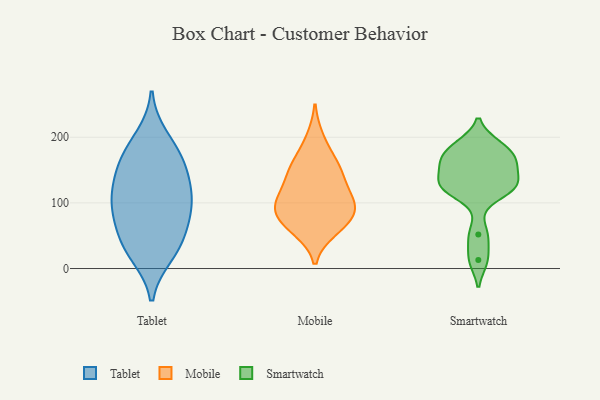
{"axis": {"x": "Humidity (%)", "y": "Value"}, "legend": ["Mobile", "Smartwatch", "Tablet"], "data": [{"x": "", "y": 161, "type": "Tablet"}, {"x": "", "y": 32, "type": "Tablet"}, {"x": "", "y": 34, "type": "Tablet"}, {"x": "", "y": 116, "type": "Tablet"}, {"x": "", "y": 59, "type": "Tablet"}, {"x": "", "y": 87, "type": "Tablet"}, {"x": "", "y": 164, "type": "Tablet"}, {"x": "", "y": 84, "type": "Tablet"}, {"x": "", "y": 126, "type": "Tablet"}, {"x": "", "y": 92, "type": "Tablet"}, {"x": "", "y": 22, "type": "Tablet"}, {"x": "", "y": 124, "type": "Tablet"}, {"x": "", "y": 174, "type": "Tablet"}, {"x": "", "y": 199, "type": "Tablet"}, {"x": "", "y": 112, "type": "Mobile"}, {"x": "", "y": 142, "type": "Mobile"}, {"x": "", "y": 141, "type": "Mobile"}, {"x": "", "y": 158, "type": "Mobile"}, {"x": "", "y": 59, "type": "Mobile"}, {"x": "", "y": 95, "type": "Mobile"}, {"x": "", "y": 70, "type": "Mobile"}, {"x": "", "y": 92, "type": "Mobile"}, {"x": "", "y": 113, "type": "Mobile"}, {"x": "", "y": 163, "type": "Mobile"}, {"x": "", "y": 86, "type": "Mobile"}, {"x": "", "y": 198, "type": "Mobile"}, {"x": "", "y": 92, "type": "Mobile"}, {"x": "", "y": 63, "type": "Mobile"}, {"x": "", "y": 13, "type": "Smartwatch"}, {"x": "", "y": 161, "type": "Smartwatch"}, {"x": "", "y": 124, "type": "Smartwatch"}, {"x": "", "y": 157, "type": "Smartwatch"}, {"x": "", "y": 184, "type": "Smartwatch"}, {"x": "", "y": 123, "type": "Smartwatch"}, {"x": "", "y": 52, "type": "Smartwatch"}, {"x": "", "y": 130, "type": "Smartwatch"}, {"x": "", "y": 121, "type": "Smartwatch"}, {"x": "", "y": 164, "type": "Smartwatch"}, {"x": "", "y": 188, "type": "Smartwatch"}]}